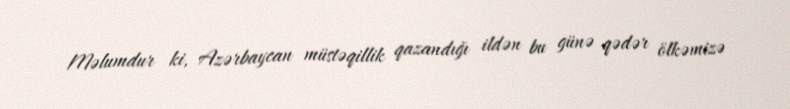
Məlumdur ki, Azərbaycan müstəqillik qazandığı ildən bu günə qədər ölkəmizə